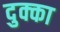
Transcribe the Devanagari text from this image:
दुक्का